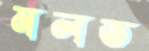
মলত